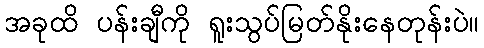
အခုထိ ပန်းချီကို ရူးသွပ်မြတ်နိုးနေတုန်းပဲ။